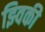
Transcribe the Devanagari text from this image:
झ्विकी